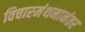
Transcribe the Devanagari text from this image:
विचारमंथनानंतर